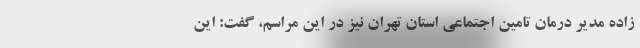
زاده مدیر درمان تامین اجتماعی استان تهران نیز در این مراسم، گفت: این